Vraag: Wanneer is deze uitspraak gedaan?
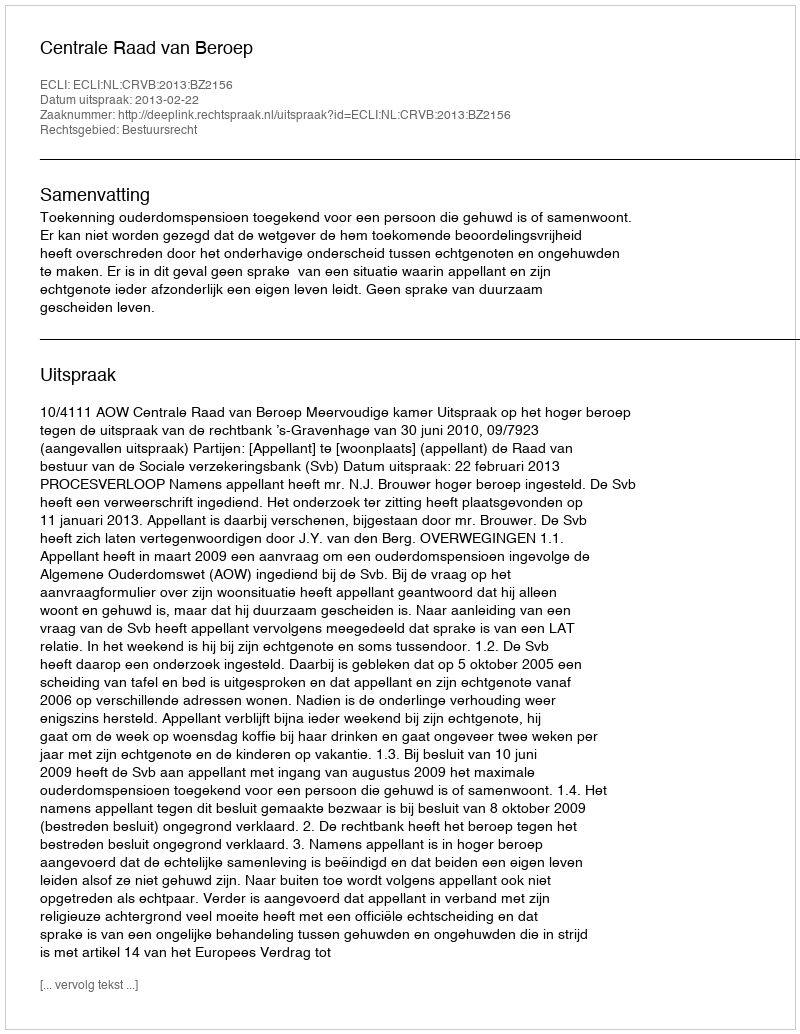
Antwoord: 2013-02-22